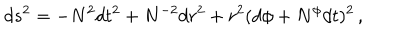
d s ^ { 2 } = - N ^ { 2 } d t ^ { 2 } + N ^ { - 2 } d r ^ { 2 } + r ^ { 2 } ( d \phi + N ^ { \phi } d t ) ^ { 2 } \, ,